Lunatic asylums Punjab 1895-1910 - 1895-1910
Year: 1895
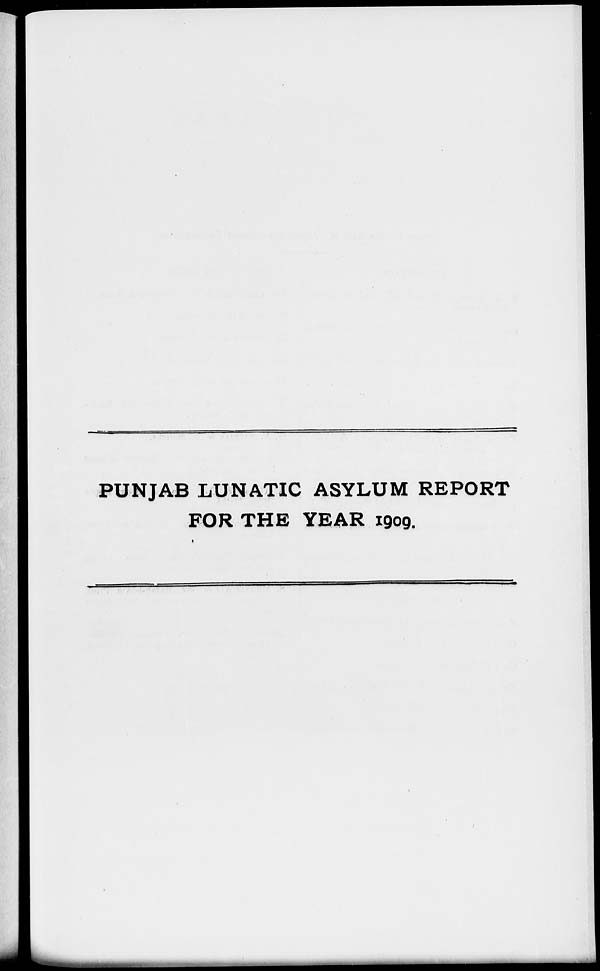
PUNJAB LUNATIC ASYLUM REPORT
FOR THE YEAR 1909.